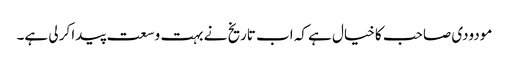
مودودی صاحب کا خیال ہے کہ اب تاریخ نے بہت وسعت پیدا کر لی ہے۔